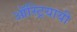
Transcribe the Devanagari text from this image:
ऑस्ट्रियायी